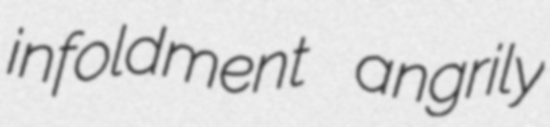
infoldment angrily